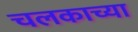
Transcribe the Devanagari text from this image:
चलकाच्या